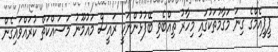
ޕީޕީއެމްގެ ގިނަ މަގާމުތަކުގައި މިހާރު ތިއްބެވި ބޭފުޅުންނަކީ ރައީސް މައުމޫނު މަސައްކަތް ކުރައްވައިގެން